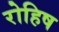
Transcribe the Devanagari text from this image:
रोहिष